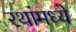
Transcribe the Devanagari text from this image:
रथांमध्ये